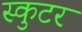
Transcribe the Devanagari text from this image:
स्कुटर